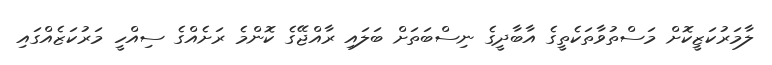
ލާމަރުކަޒީކޮށް މަސްތުވާތަކެތީގެ އާބާދީގެ ނިސްބަތަށް ބަލައި ރާއްޖޭގެ ކޮންމެ ރަށެއްގެ ސިއްހީ މަރުކަޒެއްގައި